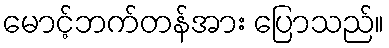
မောင့်ဘက်တန်အား ပြောသည်။